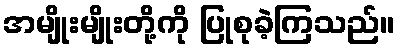
အမျိုးမျိုးတို့ကို ပြုစုခဲ့ကြသည်။